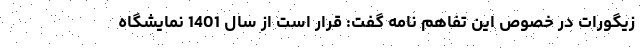
زیگورات در خصوص این تفاهم نامه گفت: قرار است از سال 1401 نمایشگاه